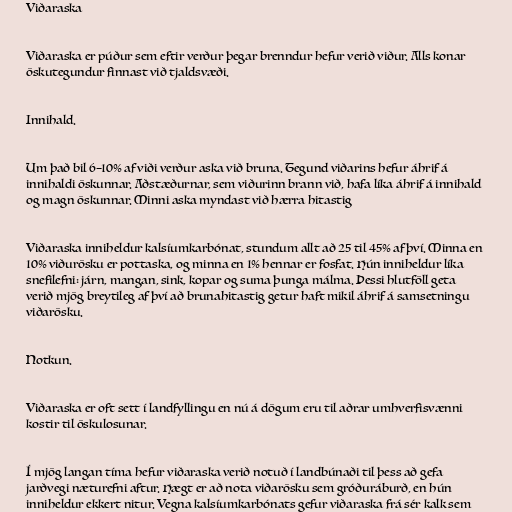
Viðaraska

Viðaraska er púður sem eftir verður þegar brenndur hefur verið viður. Alls konar
öskutegundur finnast við tjaldsvæði.

Innihald.

Um það bil 6–10% af viði verður aska við bruna. Tegund viðarins hefur áhrif á
innihaldi öskunnar. Aðstæðurnar, sem viðurinn brann við, hafa líka áhrif á innihald
og magn öskunnar. Minni aska myndast við hærra hitastig

Viðaraska inniheldur kalsíumkarbónat, stundum allt að 25 til 45% af því. Minna en
10% viðurösku er pottaska, og minna en 1% hennar er fosfat. Hún inniheldur líka
snefilefni: járn, mangan, sink, kopar og suma þunga málma. Þessi hlutföll geta
verið mjög breytileg af því að brunahitastig getur haft mikil áhrif á samsetningu
viðarösku.

Notkun.

Viðaraska er oft sett í landfyllingu en nú á dögum eru til aðrar umhverfisvænni
kostir til öskulosunar.

Í mjög langan tíma hefur viðaraska verið notuð í landbúnaði til þess að gefa
jarðvegi næturefni aftur. Hægt er að nota viðarösku sem gróðuráburð, en hún
inniheldur ekkert nitur. Vegna kalsíumkarbónats gefur viðaraska frá sér kalk sem